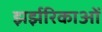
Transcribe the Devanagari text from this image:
झर्झरिकाओं